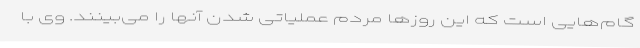
گام‌هایی است که این روزها مردم عملیاتی شدن آنها را می‌بینند. وی با